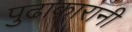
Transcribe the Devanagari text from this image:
पुढाकारानी